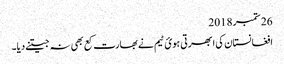
26 ستمبر 2018
افغانستان کی ابھرتی ہویٔ ٹیم نے بھارت کع بھی نہ جیتنے دیا۔